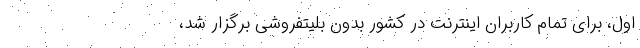
اول، برای تمام کاربران اینترنت در کشور بدون بلیتفروشی برگزار شد،